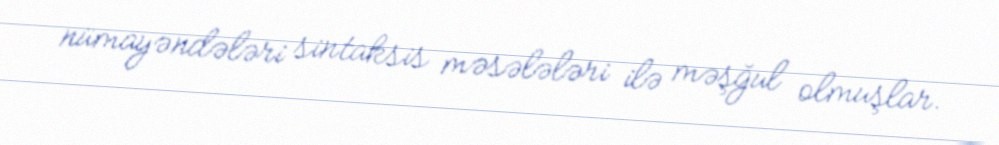
nümayəndələri sintaksis məsələləri ilə məşğul olmuşlar.